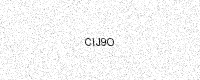
Text: CIJ9O